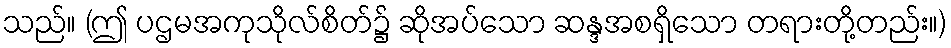
သည်။ (ဤ ပဌမအကုသိုလ်စိတ်၌ ဆိုအပ်သော ဆန္ဒအစရှိသော တရားတို့တည်း။)